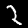
Digit: 2